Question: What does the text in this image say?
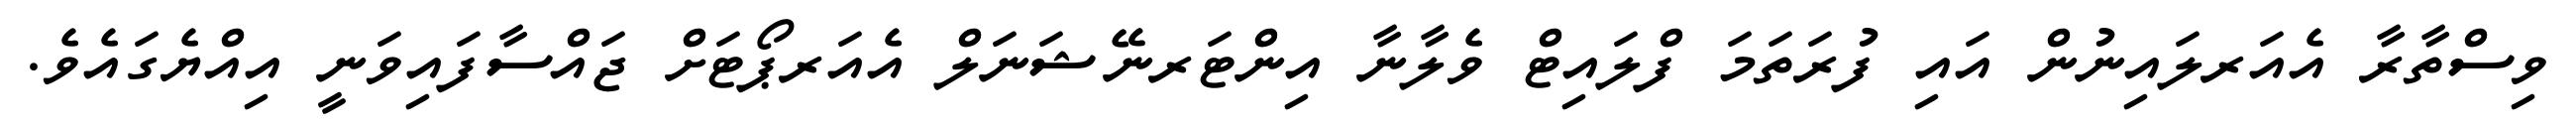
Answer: ވިސްތާރާ އެއަރލައިނުން އައި ފުރަތަމަ ފްލައިޓް ވެލާނާ އިންޓަރނޭޝަނަލް އެއަރޕޯޓަށް ޖައްސާފައިވަނީ އިއްޔެގައެވެ.